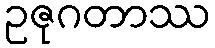
ဥဇုဂတာဿ